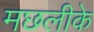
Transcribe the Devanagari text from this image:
मछलीके